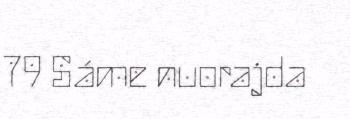
79 Sáme nuorajda